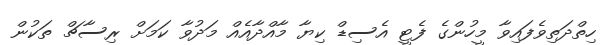
ހިތްދަތިވެފައިވާ މީހުންގެ ފެޓީ އެސިޑް ކިޔާ މާއްދާއެއް މަދުވާ ކަމަށް ރިސާޗް ތަކުން